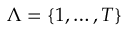
\Lambda = \{ 1 , \dots , T \}